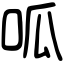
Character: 呱